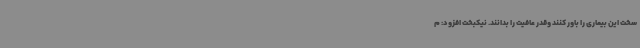
سخت این بیماری را باور کنند وقدر عافیت را بدانند. نیکبخت افزود: م